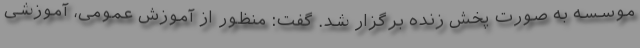
موسسه به صورت پخش زنده برگزار شد. گفت: منظور از آموزش عمومی، آموزشی